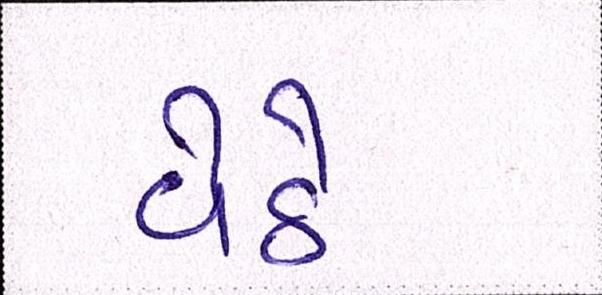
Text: વેઠે